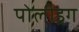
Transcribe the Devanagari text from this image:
पोलीड्रग